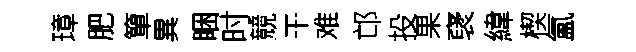
璋肥簞異睏时競干难邙投果裦緯楔氳